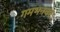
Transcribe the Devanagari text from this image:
गमभनवर